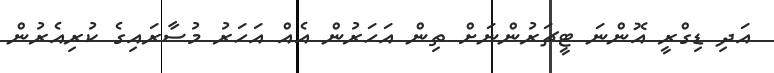
އަދި ޑިގްރީ އޮންނަ ޓީޗަރުންނަށް ތިން އަހަރުން އެއް އަހަރު މުސާރައިގެ ކުރިއެރުން